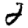
Digit: 2